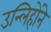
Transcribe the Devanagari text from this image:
उन्लिहोंने